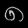
Digit: ၈